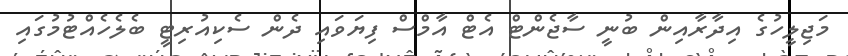
މަޖިލީހުގެ އިދާރާއިން ބުނީ ސާޖެންޓް އެޓް އާމްސް ފިޔަވައި ދެން ސެކިއުރިޓީ ބެލެހެއްޓުމުގައި